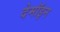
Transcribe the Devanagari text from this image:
देमॉइन